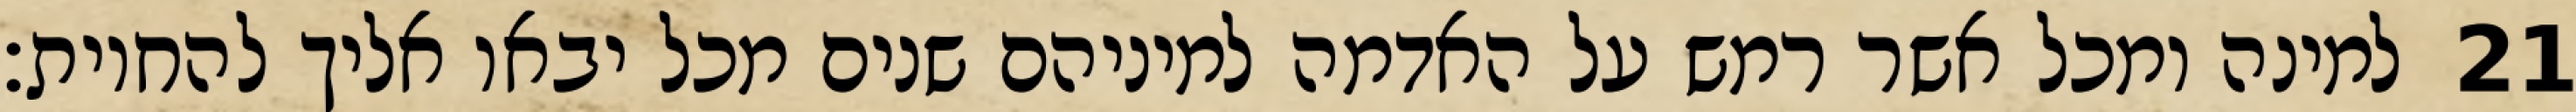
למינה ומכל אשר רמש על האדמה למיניהם שנים מכל יבאו אליך להחיות׃ ‎21‏